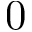
0